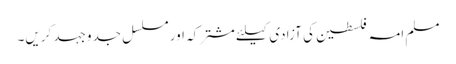
مسلم امہ فلسطین کی آزادی کیلئے مشترکہ اور مسلسل جدوجہد کریں۔